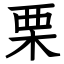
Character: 栗